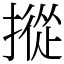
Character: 摐